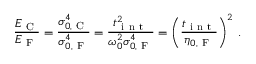
\frac { E _ { \mathrm { ~ C ~ } } } { E _ { \mathrm { ~ F ~ } } } = \frac { \sigma _ { 0 , \mathrm { ~ C ~ } } ^ { 4 } } { \sigma _ { 0 , \mathrm { ~ F ~ } } ^ { 4 } } = \frac { t _ { \mathrm { ~ i ~ n ~ t ~ } } ^ { 2 } } { \omega _ { 0 } ^ { 2 } \sigma _ { 0 , \mathrm { ~ F ~ } } ^ { 4 } } = \left( \frac { t _ { \mathrm { ~ i ~ n ~ t ~ } } } { \eta _ { 0 , \mathrm { ~ F ~ } } } \right) ^ { 2 } \, .